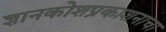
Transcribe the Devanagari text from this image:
ज्ञानकोशप्रकाशनाचा